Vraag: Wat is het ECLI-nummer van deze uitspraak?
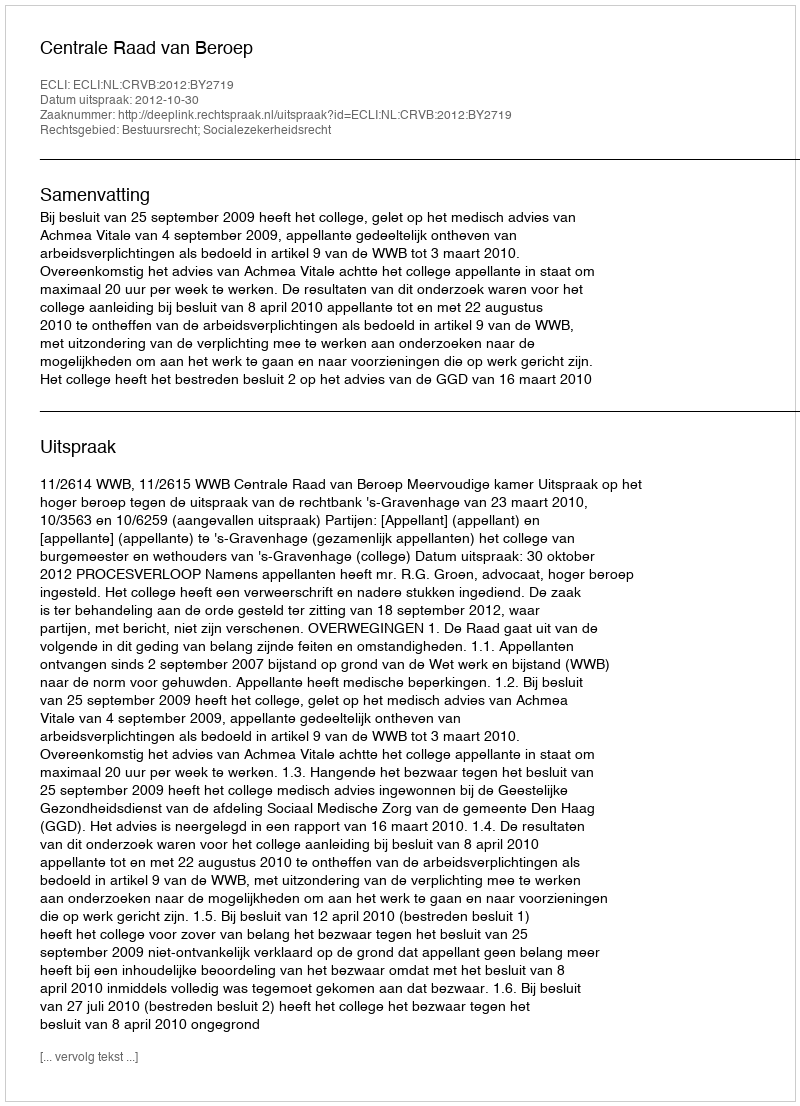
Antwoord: ECLI:NL:CRVB:2012:BY2719